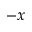
- x